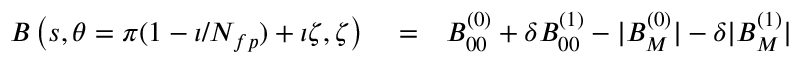
\begin{array} { r l r } { B \left( s , \theta = \pi ( 1 - \iota / N _ { f p } ) + \iota \zeta , \zeta \right) } & { { } = } & { B _ { 0 0 } ^ { ( 0 ) } + \delta B _ { 0 0 } ^ { ( 1 ) } - | B _ { M } ^ { ( 0 ) } | - \delta | B _ { M } ^ { ( 1 ) } | } \end{array}